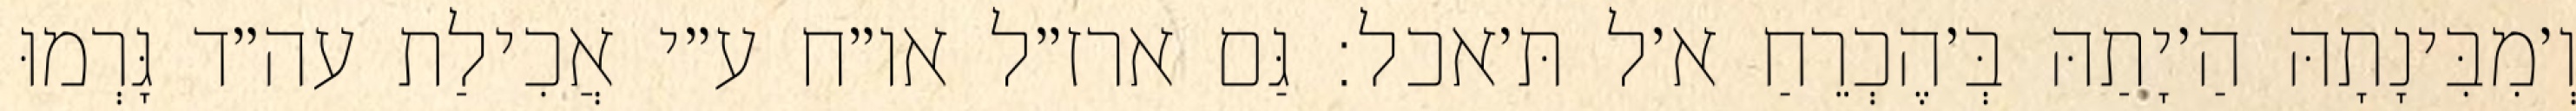
וְ׳מִבִּינָתָהּ הַ׳יָתַהּ בְּ׳הֶכְרֵחַ א׳ל תּ׳אכל: גַּם ארז״ל או״ח ע״י אֲכִילַת עה״ד גָּרְמוּ